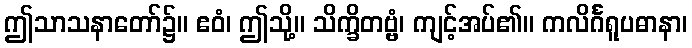
ဤသာသနာတော်၌။ ဧဝံ၊ ဤသို့။ သိက္ခိတဗ္ဗံ၊ ကျင့်အပ်၏။ ကလိင်္ဂရူပဓာနာ၊